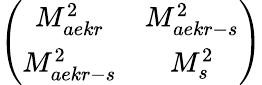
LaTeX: \left(\begin{array}{cc}{{M_{aekr}^{2}}}&{{M_{aekr-s}^{2}}}\\ {{M_{aekr-s}^{2}}}&{{M_{s}^{2}}}\end{array}\right)